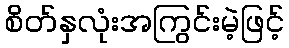
စိတ်နှလုံးအကြွင်းမဲ့ဖြင့်